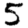
Digit: 5